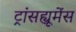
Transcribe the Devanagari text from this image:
ट्रांसह्यूमेंस